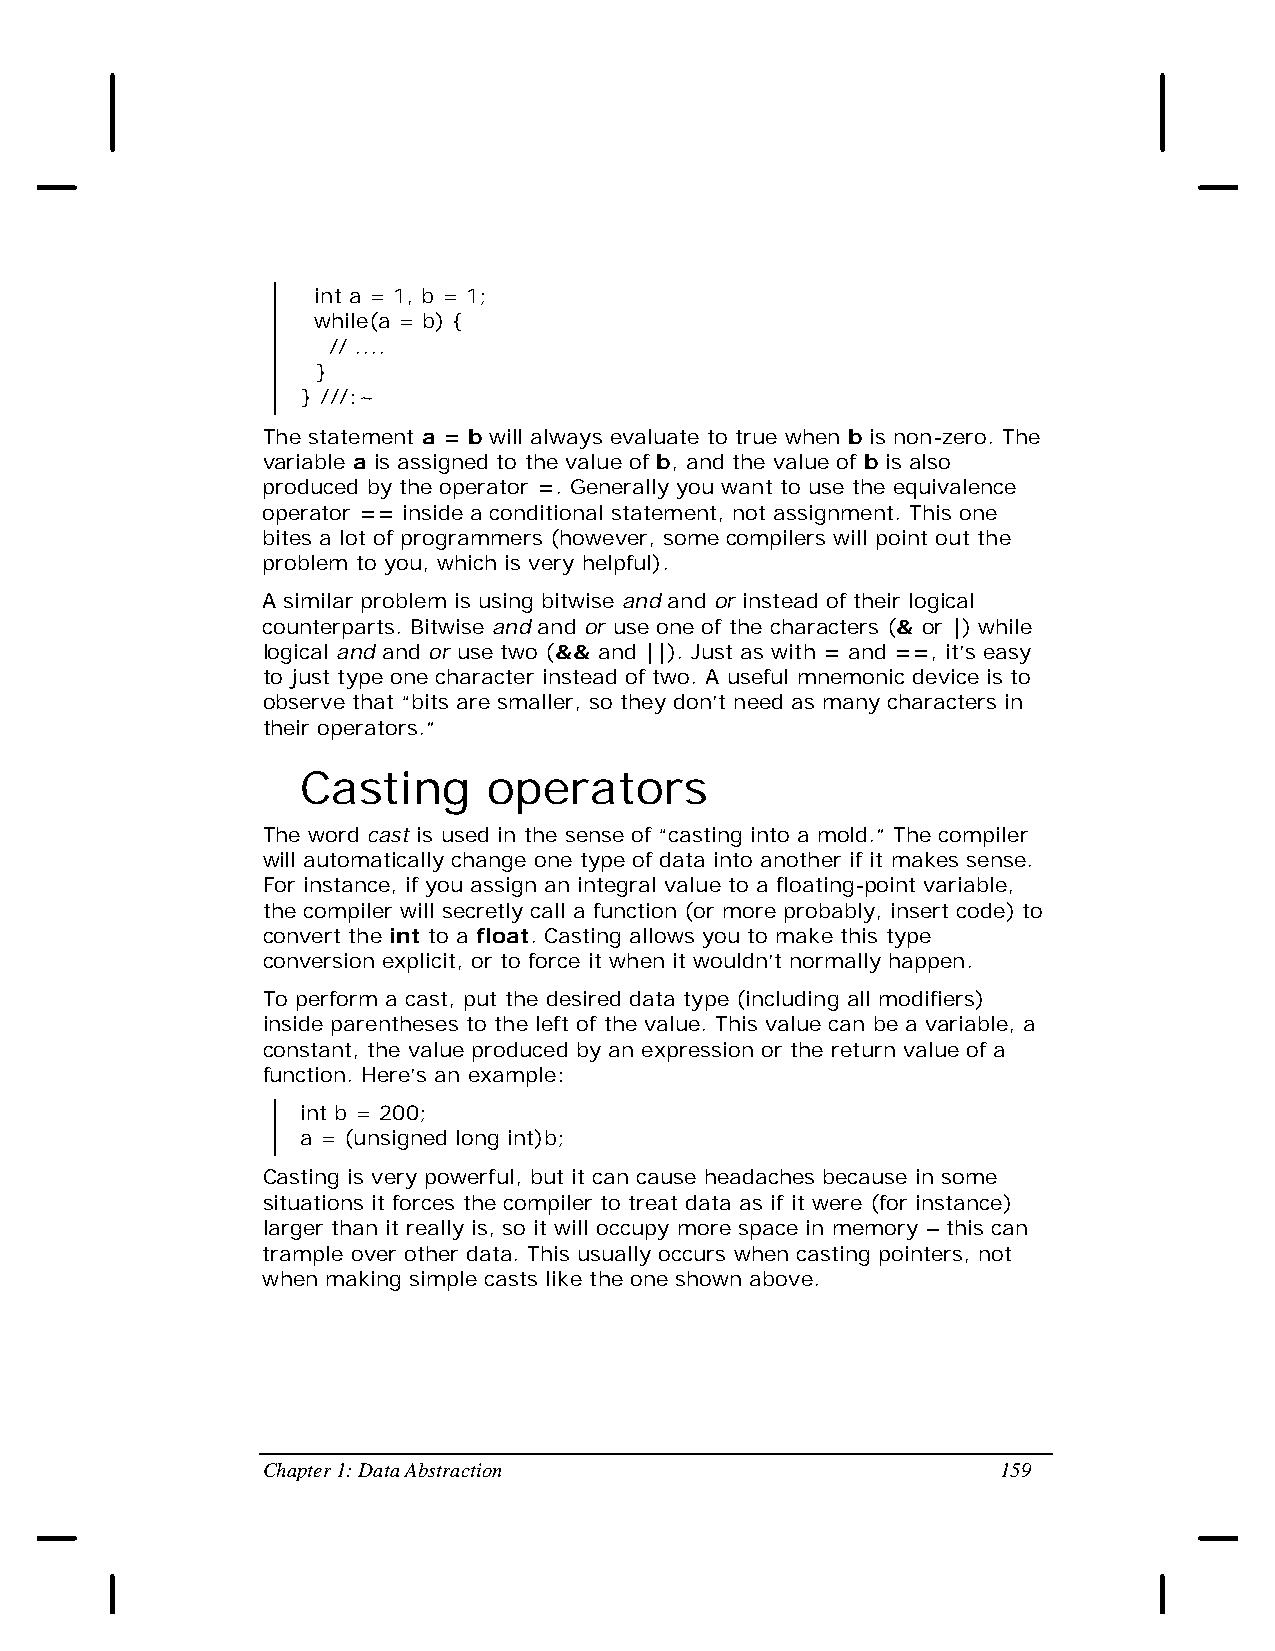
int a = 1, b = 1;
 while(a = b) {
 // ....
 }
 } ///:~
 The statement a = b will always evaluate to true when b is non-zero. The
 variable a is assigned to the value of b, and the value of b is also
 produced by the operator =. Generally you want to use the equivalence
 operator == inside a conditional statement, not assignment. This one
 bites a lot of programmers (however, some compilers will point out the
 problem to you, which is very helpful).
 A similar problem is using bitwise and and or instead of their logical
 counterparts. Bitwise and and or use one of the characters (& or |) while
 logical and and or use two (&& and ||). Just as with = and ==, it’s easy
 to just type one character instead of two. A useful mnemonic device is to
 observe that “bits are smaller, so they don’t need as many characters in
 their operators.”
 Casting     operators
 The word cast is used in the sense of “casting into a mold.” The compiler
 will automatically change one type of data into another if it makes sense.
 For instance, if you assign an integral value to a floating-point variable,
 the compiler will secretly call a function (or more probably, insert code) to
 convert the int to a float. Casting allows you to make this type
 conversion explicit, or to force it when it wouldn’t normally happen.
 To perform a cast, put the desired data type (including all modifiers)
 inside parentheses to the left of the value. This value can be a variable, a
 constant, the value produced by an expression or the return value of a
 function. Here’s an example:
 int b = 200;
 a = (unsigned long int)b;
 Casting is very powerful, but it can cause headaches because in some
 situations it forces the compiler to treat data as if it were (for instance)
 larger than it really is, so it will occupy more space in memory – this can
 trample over other data. This usually occurs when casting pointers, not
 when making simple casts like the one shown above.
 Chapter 1: Data Abstraction                      159